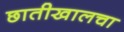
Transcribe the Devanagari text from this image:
छातीखालचा